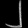
Digit: ၂